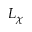
L _ { \chi }